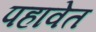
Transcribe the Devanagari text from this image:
पहावेत